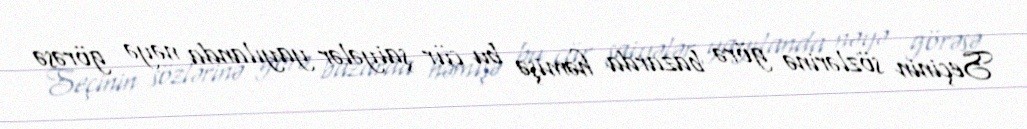
Seçinin sözlərinə görə bazarda həmişə bu cür şaiyələr yayılanda nəyə görəsə